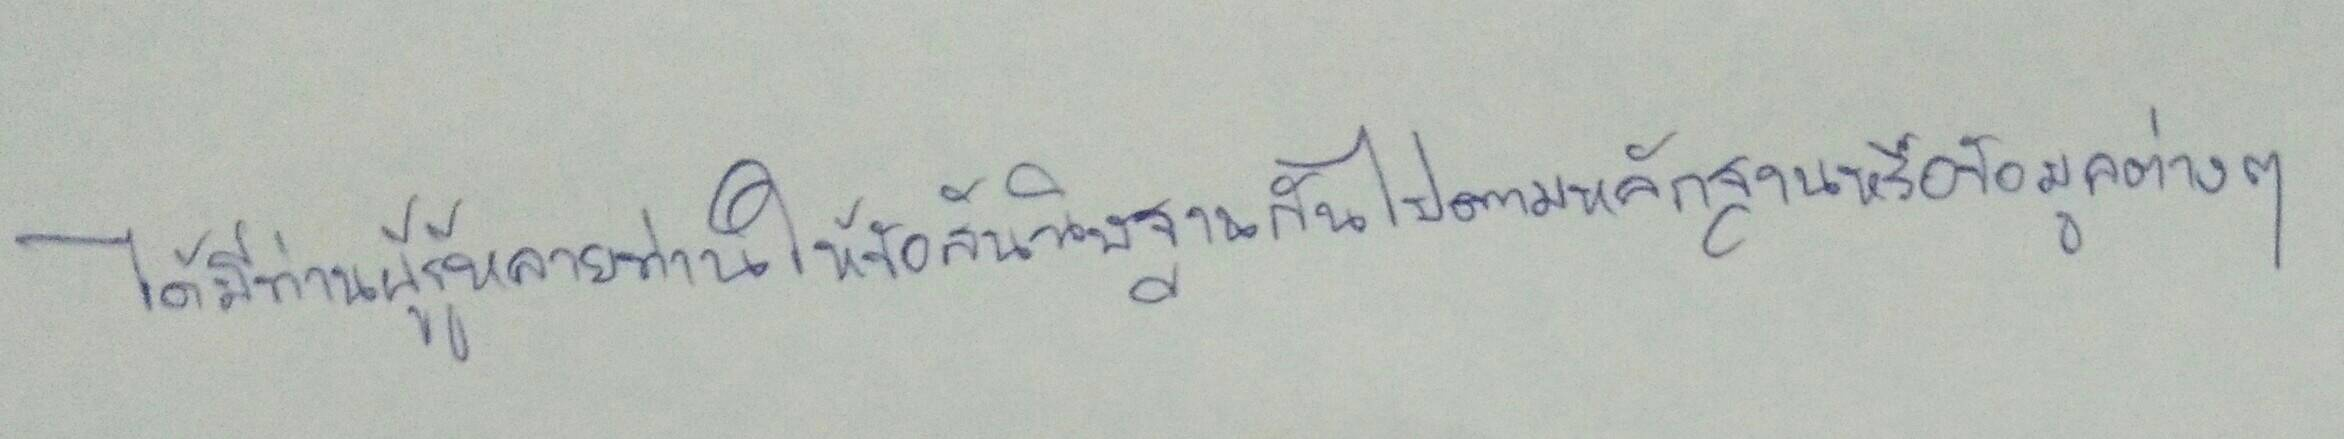
ได้มีท่านผู้รู้หลายท่านให้ข้อสันนิษฐานกันไปตามหลักฐานหรือข้อมูลต่างๆ